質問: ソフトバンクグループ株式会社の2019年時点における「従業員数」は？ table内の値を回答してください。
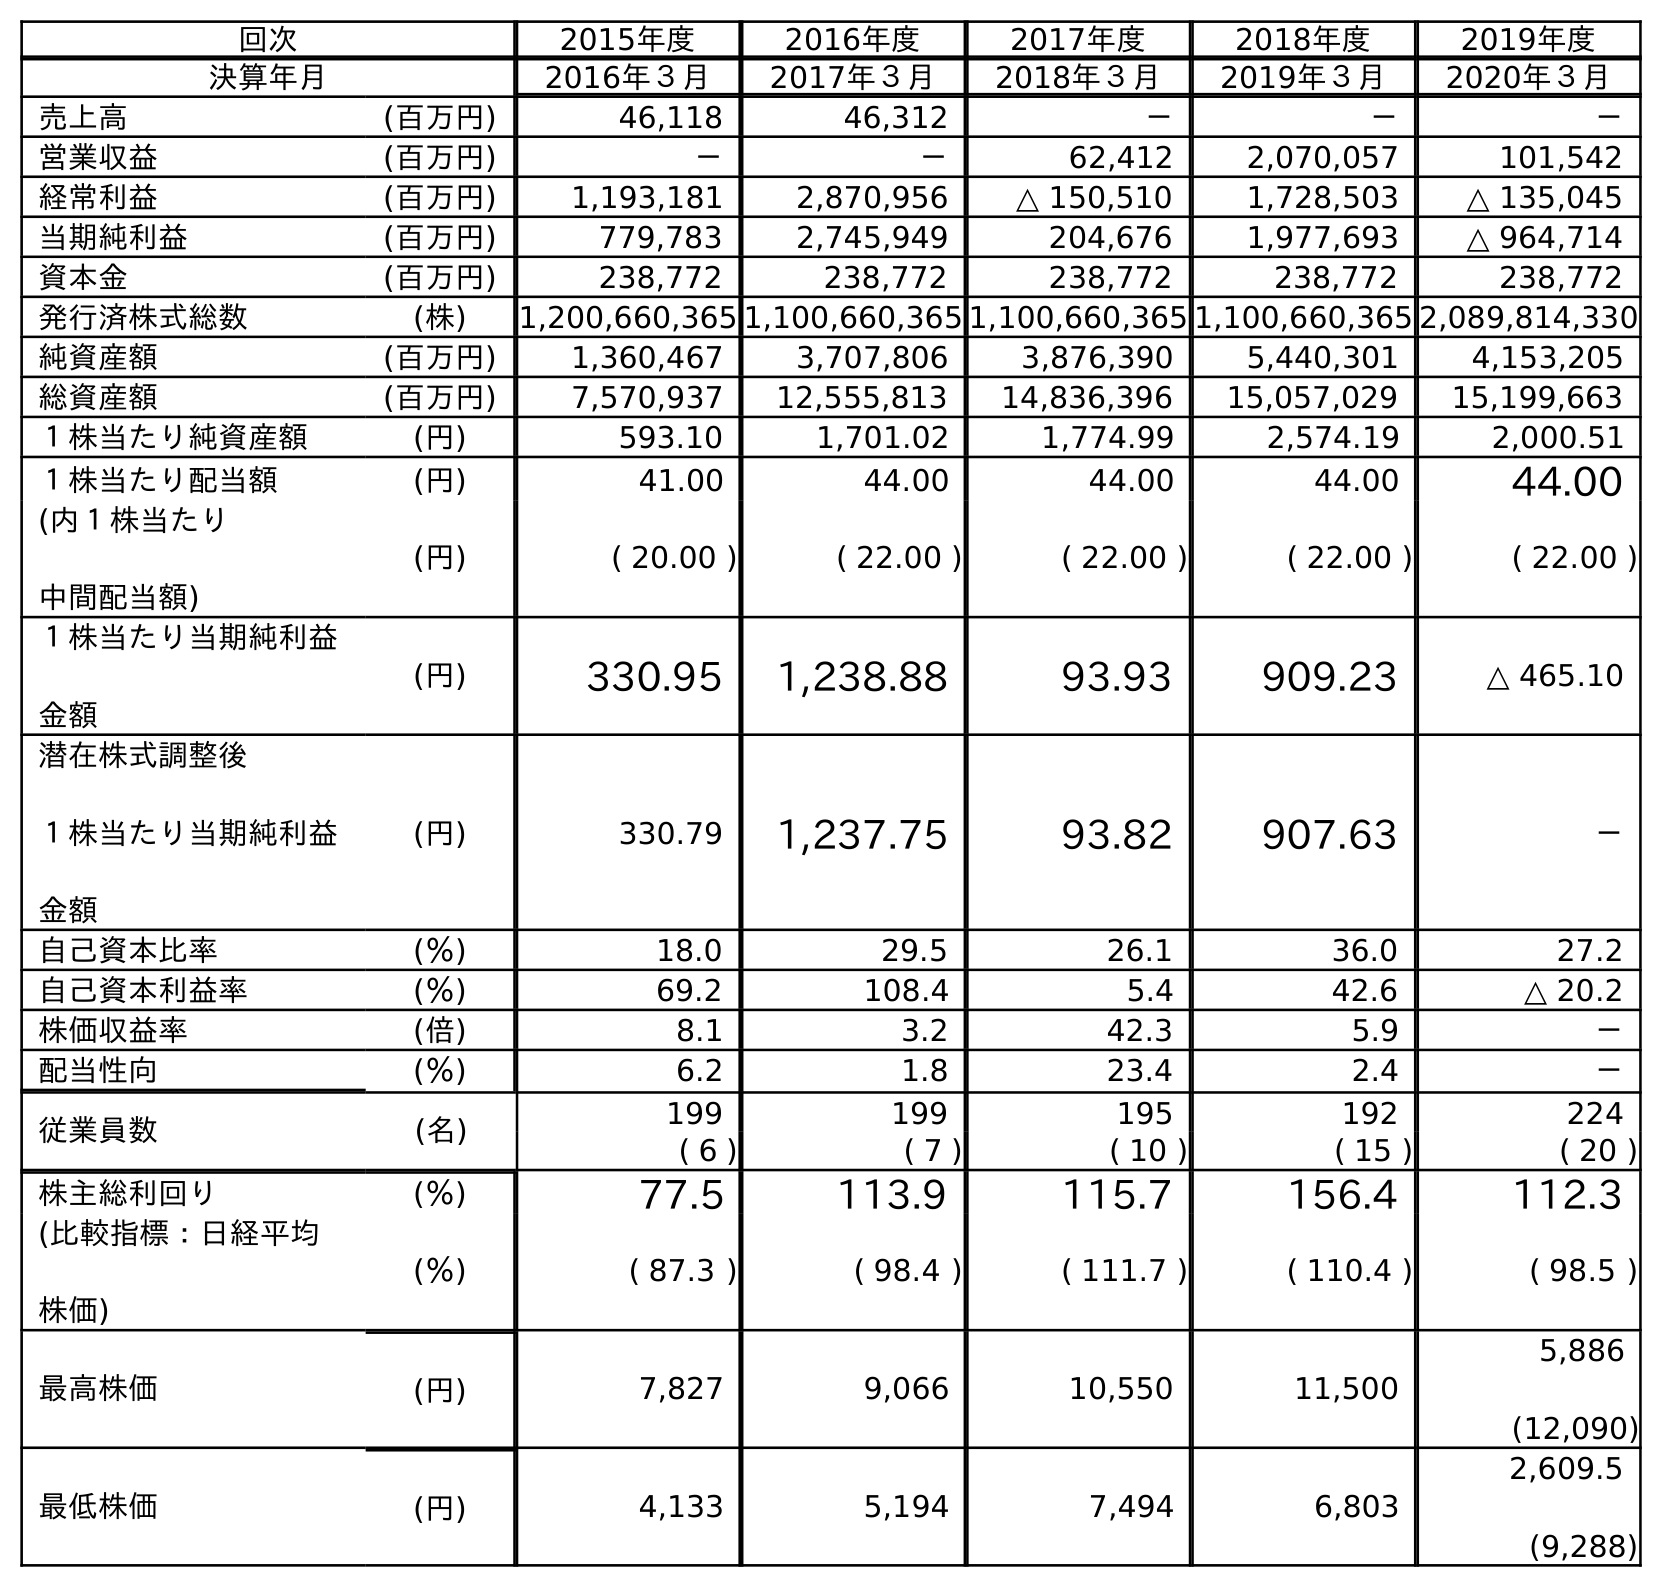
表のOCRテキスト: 回次 2015年度 2016年度 2017年度 2018年度 2019年度 決算年月 2016年３月 2017年３月 2018年３月 2019年３月 2020年３月 売上高 (百万円) 46,118 46,312 － － － 営業収益 (百万円) － － 62,412 2,070,057 101,542 経常利益 (百万円) 1,193,181 2,870,956 △ 150,510 1,728,503 △ 135,045 当期純利益 (百万円) 779,783 2,745,949 204,676 1,977,693 △ 964,714 資本金 (百万円) 238,772 238,772 238,772 238,772 238,772 発行済株式総数 (株) 1,200,660,365 1,100,660,365 1,100,660,365 1,100,660,365 2,089,814,330 純資産額 (百万円) 1,360,467 3,707,806 3,876,390 5,440,301 4,153,205 総資産額 (百万円) 7,570,937 12,555,813 14,836,396 15,057,029 15,199,663 １株当たり純資産額 (円) 593.10 1,701.02 1,774.99 2,574.19 2,000.51 １株当たり配当額 (円) 41.00 44.00 44.00 44.00 44.00 (内１株当たり 中間配当額) (円) ( 20.00 ) ( 22.00 ) ( 22.00 ) ( 22.00 ) ( 22.00 ) １株当たり当期純利益 金額 (円) 330.95 1,238.88 93.93 909.23 △ 465.10 潜在株式調整後 １株当たり当期純利益 金額 (円) 330.79 1,237.75 93.82 907.63 － 自己資本比率 (％) 18.0 29.5 26.1 36.0 27.2 自己資本利益率 (％) 69.2 108.4 5.4 42.6 △ 20.2 株価収益率 (倍) 8.1 3.2 42.3 5.9 － 配当性向 (％) 6.2 1.8 23.4 2.4 － 従業員数 (名) 199 199 195 192 224 ( 6 ) ( 7 ) ( 10 ) ( 15 ) ( 20 ) 株主総利回り (％) 77.5 113.9 115.7 156.4 112.3 (比較指標：日経平均 株価) (％) ( 87.3 ) ( 98.4 ) ( 111.7 ) ( 110.4 ) ( 98.5 ) 最高株価 (円) 7,827 9,066 10,550 11,500 5,886 (12,090) 最低株価 (円) 4,133 5,194 7,494 6,803 2,609.5 (9,288)
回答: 192